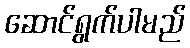
ဆောင်ရွက်ပါမည်